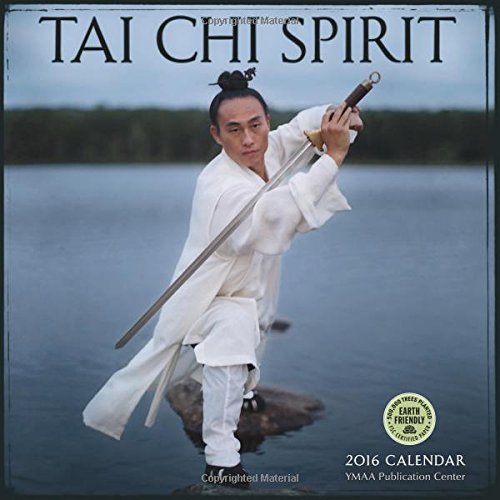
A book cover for Tai Chi Spirit 2016 Wall Calendar; Dr. Yang Jwing-Ming; Health, Fitness & Dieting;